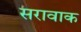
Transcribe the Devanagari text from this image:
सरावाक